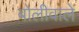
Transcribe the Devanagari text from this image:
बोलीवाले